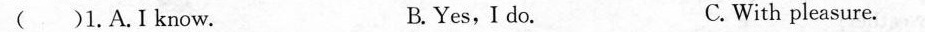
( )1.A.I know. B.Yes,I do. C. With